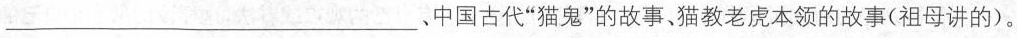
___、中国古代”猫鬼”的故事、猫教老虎本领的故事(祖母讲的)。